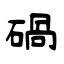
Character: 碢